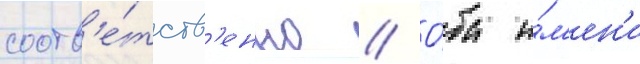
соотв'е́тств'енно // О́ба и́м'ен'и